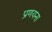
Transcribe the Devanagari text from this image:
प्रणयना